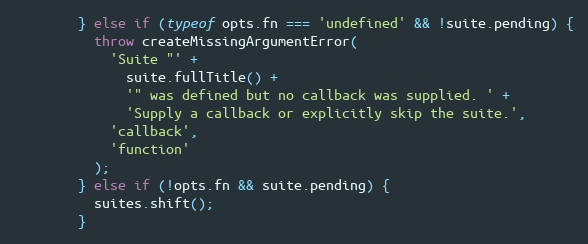
Language: JavaScript
        } else if (typeof opts.fn === 'undefined' && !suite.pending) {
          throw createMissingArgumentError(
            'Suite "' +
              suite.fullTitle() +
              '" was defined but no callback was supplied. ' +
              'Supply a callback or explicitly skip the suite.',
            'callback',
            'function'
          );
        } else if (!opts.fn && suite.pending) {
          suites.shift();
        }